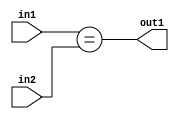
`timescale 1ps / 1ps
/*****************************************************************************
    Verilog RTL Description
    
    
    Created by: Stratus DpOpt 2019.1.01 
*******************************************************************************/

module cache_Equal_8Ux1U_1U_4_1 (
	in2,
	in1,
	out1
	); /* architecture "behavioural" */ 
input [7:0] in2;
input  in1;
output  out1;
wire  asc001;

assign asc001 = (in1==in2);

assign out1 = asc001;
endmodule

/* CADENCE  urf5SgA= : u9/ySgnWtBlWxVPRXgAZ4Og= ** DO NOT EDIT THIS LINE ******/